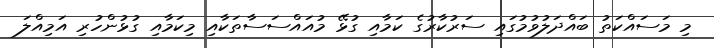
މި މަސައްކަތު ބައްދަލުވުމުގައި ސަރުކާރުގެ ކަމާއި ގުޅޭ މުއައްސަސާތަކާއި މިކަމާއި ގުޅުންހުރި އަމިއްލަ